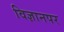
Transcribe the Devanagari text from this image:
विज्ञानपर